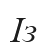
Із